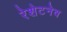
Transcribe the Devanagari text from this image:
रेशेटनेव